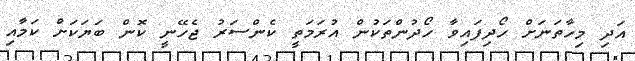
އަދި މިހާތަނަށް ހޯދިފައިވާ ހޯދުންތަކުން އުރަމަތީ ކެންސަރު ޖެހޭނީ ކޮން ބަޔަކަށް ކަމާއި